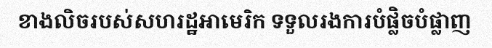
ខាងលិចរបស់សហរដ្ឋអាមេរិក ទទួលរងការបំផ្លិចបំផ្លាញ